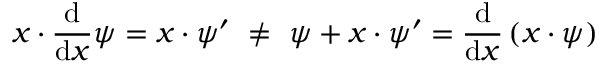
x \cdot { \frac { \mathrm { d } } { \mathrm { d } x } } \psi = x \cdot \psi ^ { \prime } \ \neq \ \psi + x \cdot \psi ^ { \prime } = { \frac { \mathrm { d } } { \mathrm { d } x } } \left( x \cdot \psi \right)